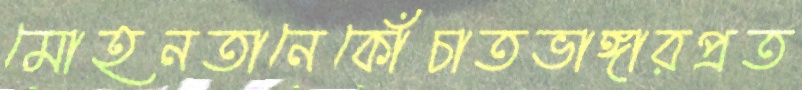
মোহনতানেকোঁচাতভাঙ্গারপ্রত